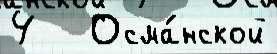
4   Осма́нской